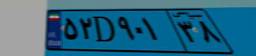
۵۴D۹۵۵۰۹